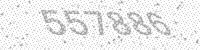
Solution: 557886